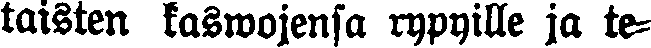
taisten kaswojensa rypyille ja te-